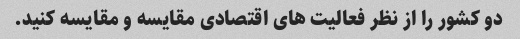
دو کشور را از نظر فعالیت های اقتصادی مقایسه و مقایسه کنید.